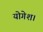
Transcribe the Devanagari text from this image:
योगेश।